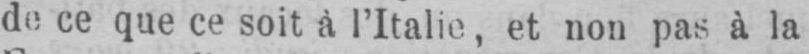
de ce que ce soit à l’Italie, et non pas à la